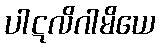
ပါဋလိဂါမိယေ